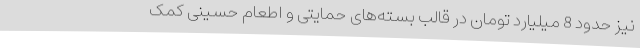
نیز حدود 8 میلیارد تومان در قالب بسته‌های حمایتی و اطعام حسینی کمک